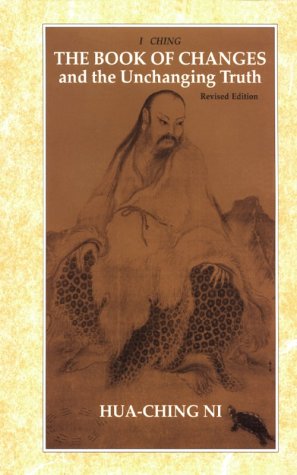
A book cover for Book of Changes and the Unchanging Truth; Hua Ching Ni; Religion & Spirituality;